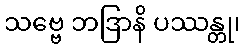
သဗ္ဗေ ဘဒြာနိ ပဿန္တု၊